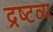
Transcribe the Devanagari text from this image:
द्रष्‍टव्‍य